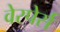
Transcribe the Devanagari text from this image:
वेस्पेर्स